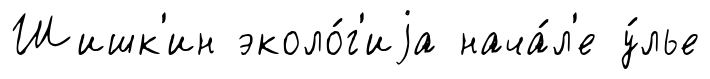
Шишк'ин эколо́г'иjа нача́л'е у́лье